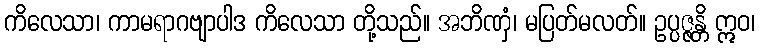
ကိလေသာ၊ ကာမရာဂဗျာပါဒ ကိလေသာ တို့သည်။ အဘိဏှံ၊ မပြတ်မလတ်။ ဥပ္ပဇ္ဇန္တိ ဣဝ၊